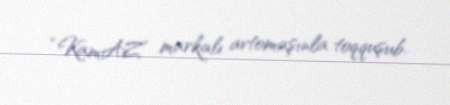
“KamAZ” markalı avtomaşınla toqquşub.